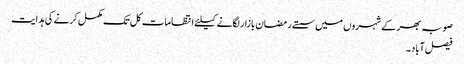
صوبہ بھر کے شہروں میں سستے رمضان بازار لگانے کیلئے انتظامات کل تک مکمل کرنے کی ہدایت
فیصل آباد۔